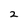
Character: 2